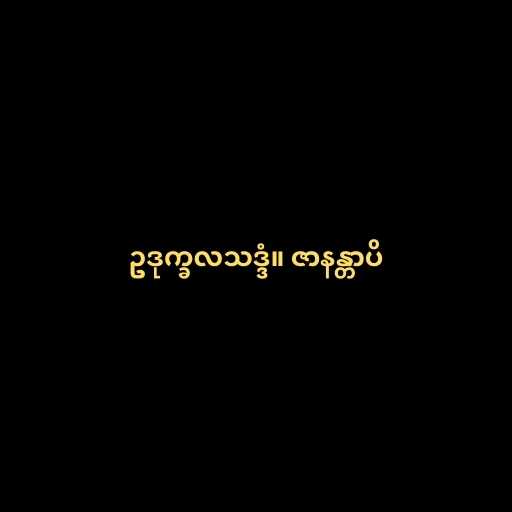
ဥဒုက္ခလသဒ္ဒံ။ ဇာနန္တာပိ